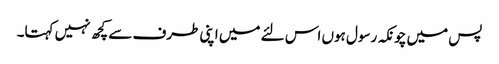
پس میں چونکہ رسول ہوں اس لئے میں اپنی طرف سے کچھ نہیں کہتا۔